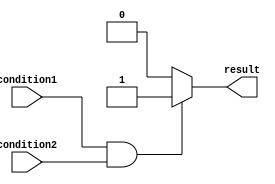
module if_else_block (
    input wire condition1,
    input wire condition2,
    output reg result
);

always @(*) begin
    if (condition1 && condition2) begin
        // Code to execute if both conditions are true
        result = 1'b1;
    end
    else begin
        // Code to execute if one or more conditions are false
        result = 1'b0;
    end
end

endmodule